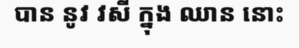
បាន នូវ វសី ក្នុង ឈាន នោះ